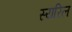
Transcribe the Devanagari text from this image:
स्यरिल